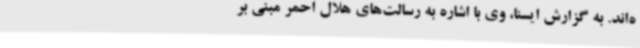
ه‌اند. به گزارش ایسنا، وی با اشاره به رسالت‌های هلال احمر مبنی بر